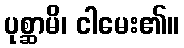
ပုစ္ဆာမိ၊ ငါမေး၏။